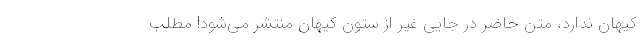
کیهان ندارد، متن حاضر در جایی غیر از ستون کیهان منتشر می‌شود! مطلب